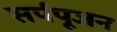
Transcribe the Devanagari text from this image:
सर्पपूजन